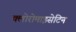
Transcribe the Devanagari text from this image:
क्लोरोमाइसेटिन